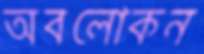
অবলোকন